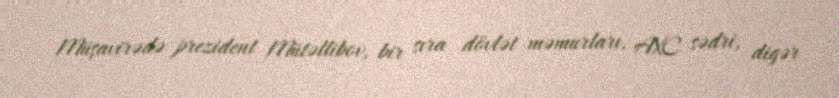
Müşavirədə prezident Mütəllibov, bir sıra dövlət məmurları, AXC sədri, digər